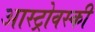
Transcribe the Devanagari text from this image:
आस्ट्रोवस्की